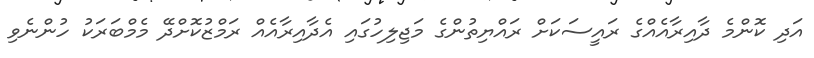
އަދި ކޮންމެ ދާއިރާއެއްގެ ރައީސަކަށް ރައްޔިތުންގެ މަޖިލިހުގައި އެދާއިރާއެއް ރަމްޒުކޮށްދޭ މެމްބަރަކު ހުންނެވި